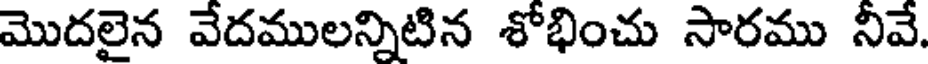
మొదలైన వేదములన్నిటిన శోభించు సారము నీవే.